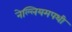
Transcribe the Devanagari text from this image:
नेल्लियमपथी